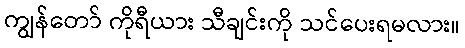
ကျွန်တော် ကိုရီယား သီချင်းကို သင်ပေးရမလား။